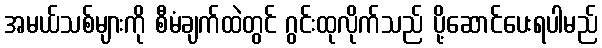
အမယ်သစ်များကို စီမံချက်ထဲတွင် ဂွင်းထုလိုက်သည် ပို့ဆောင်ပေးရပါမည်